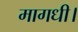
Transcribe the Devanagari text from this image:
मागधी।